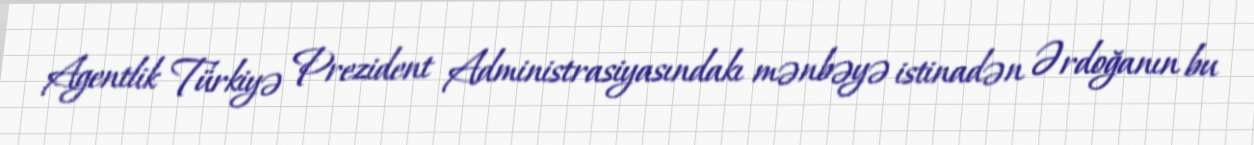
Agentlik Türkiyə Prezident Administrasiyasındakı mənbəyə istinadən Ərdoğanın bu